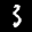
Label: 3